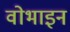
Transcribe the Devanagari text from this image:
वोभाइन